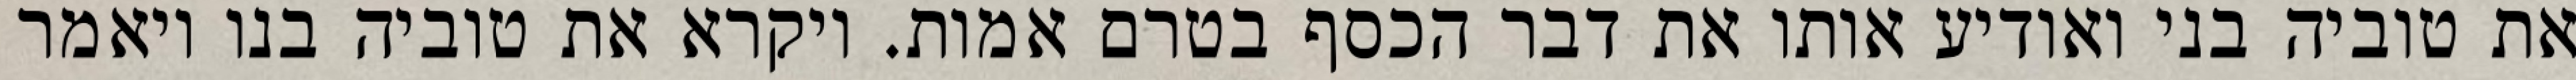
את טוביה בני ואודיע אותו את דבר הכסף בטרם אמות. ויקרא את טוביה בנו ויאמר